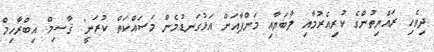
ދިވެހި ރައްޔިތުންގެ ކުރިއެރުމާއި ލާބަޔާއި މަންފާއަށް އަޅުގަނޑުމެން މަސައްކަތް ކުރަނީ" ޤާސިމް އިބްރާހިމް